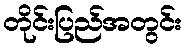
တိုင်းပြည်အတွင်း